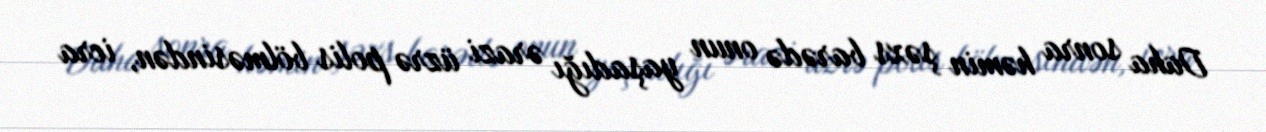
Daha sonra həmin şəxs barədə onun yaşadığı ərazi üzrə polis bölməsindən, icra